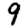
Digit: 9